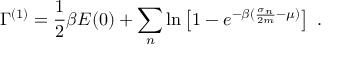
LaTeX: \Gamma ^ { ( 1 ) } = \frac { 1 } { 2 } \beta E ( 0 ) + \sum _ { n } \ln \left[ 1 - e ^ { - \beta ( \frac { \sigma _ { n } } { 2 m } - \mu ) } \right] \; .